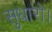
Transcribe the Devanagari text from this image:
सुधारो।